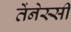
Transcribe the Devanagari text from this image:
तेंनेस्सी